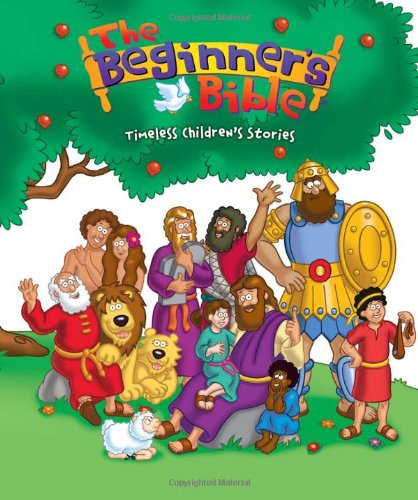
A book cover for The Beginner's Bible: Timeless Children's Stories; Education & Teaching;